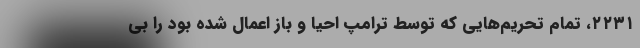
٢٢٣١، تمام تحریم‌هایی که توسط ترامپ احیا و باز اعمال شده بود را بی